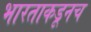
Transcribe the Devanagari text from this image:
भारताकडूनच